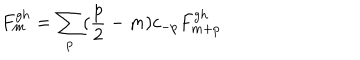
F _ { m } ^ { g h } = \sum _ { p } ( \frac { p } { 2 } - m ) c _ { - p } F _ { m + p } ^ { g h }